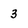
Character: 3